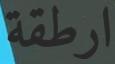
ارطقة